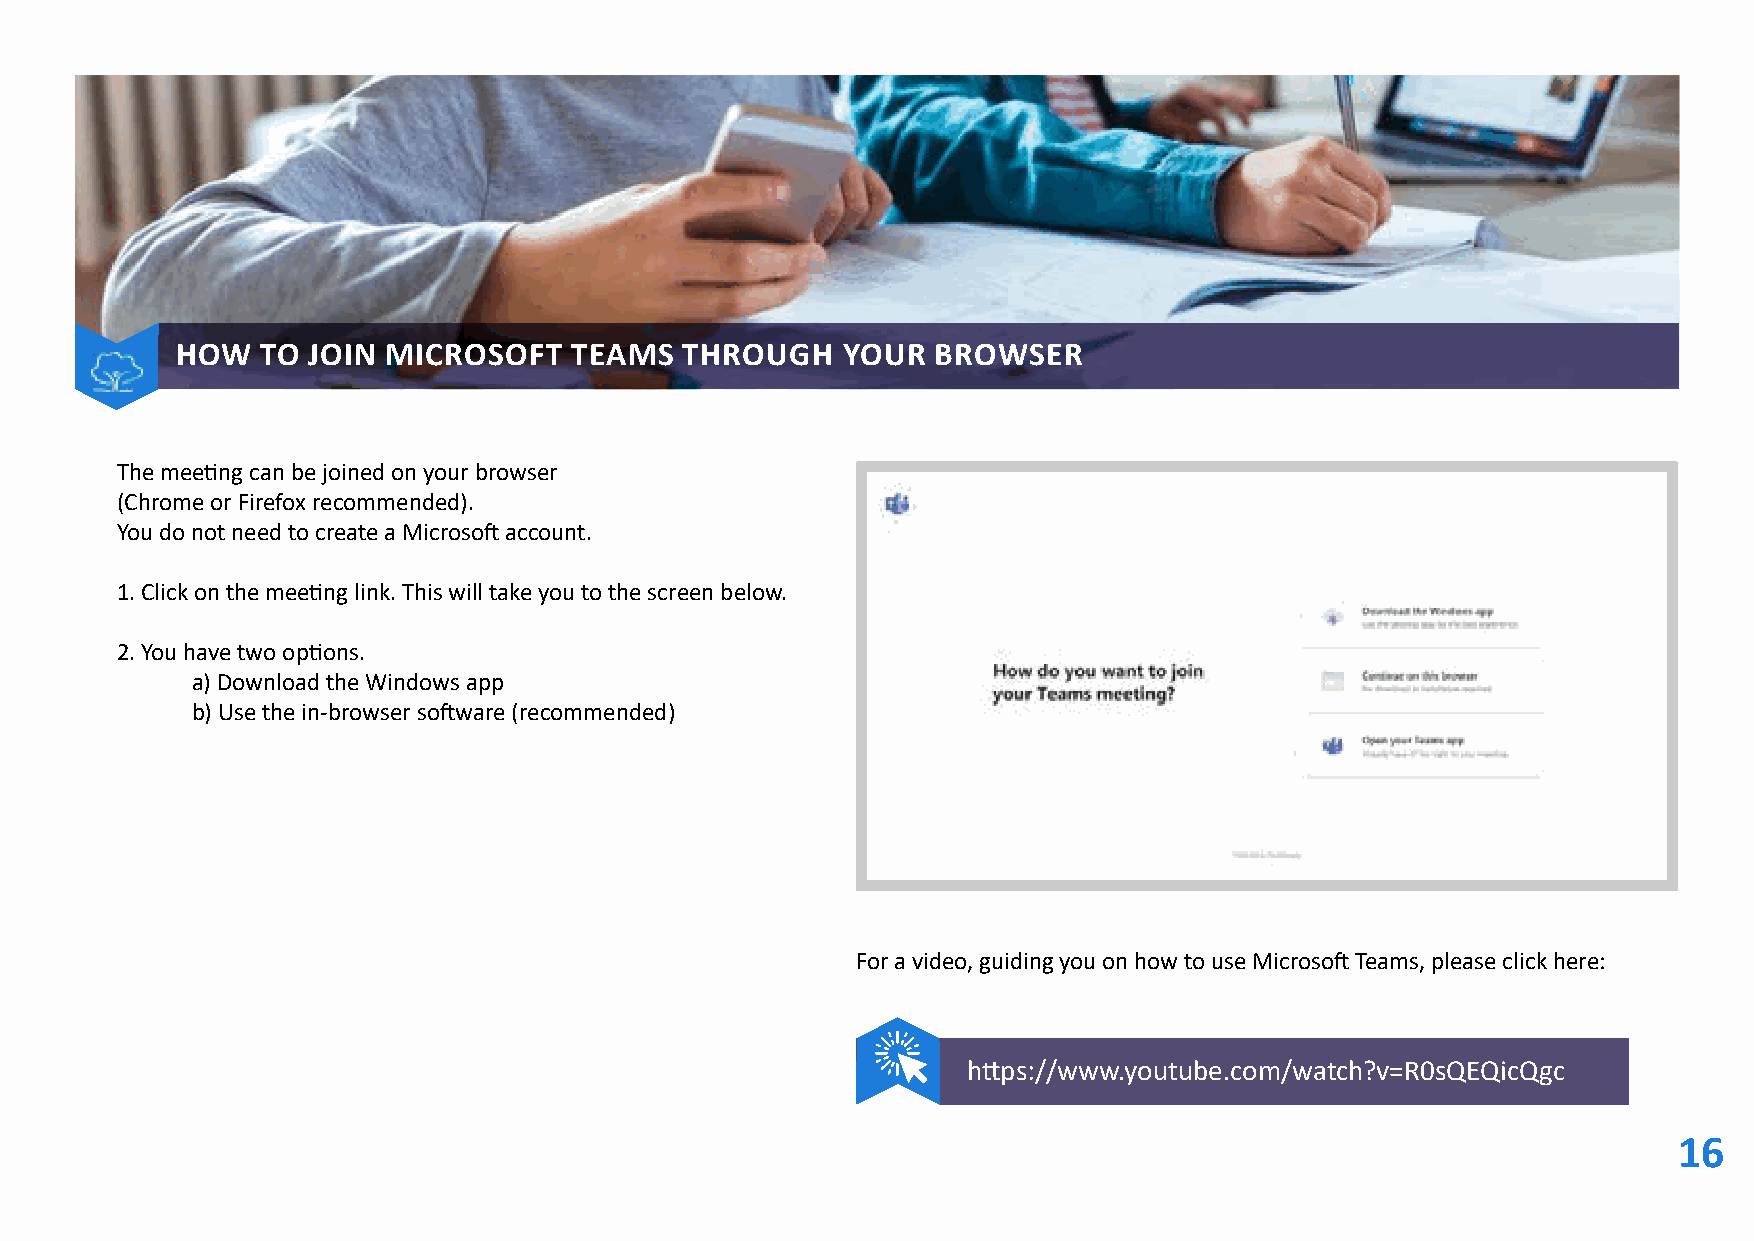
Contents
 HOW  TO JOIN  MICROSOFT   TEAMS  THROUGH    YOUR  BROWSER
 The meeting can be joined on your browser
 (Chrome or Firefox recommended).
 You do not need to create a Microsoft account.
 1. Click on the meeting link. This will take you to the screen below.
 2. You have two options.
 a) Download the Windows app
 b) Use the in-browser software (recommended)
 For a video, guiding you on how to use Microsoft Teams, please click here:
 https://www.youtube.com/watch?v=R0sQEQicQgc
 16